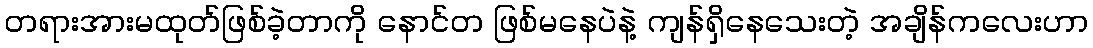
တရားအားမထုတ်ဖြစ်ခဲ့တာကို နောင်တ ဖြစ်မနေပဲနဲ့ ကျန်ရှိနေသေးတဲ့ အချိန်ကလေးဟာ